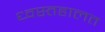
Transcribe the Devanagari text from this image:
ध्वस्तहालत